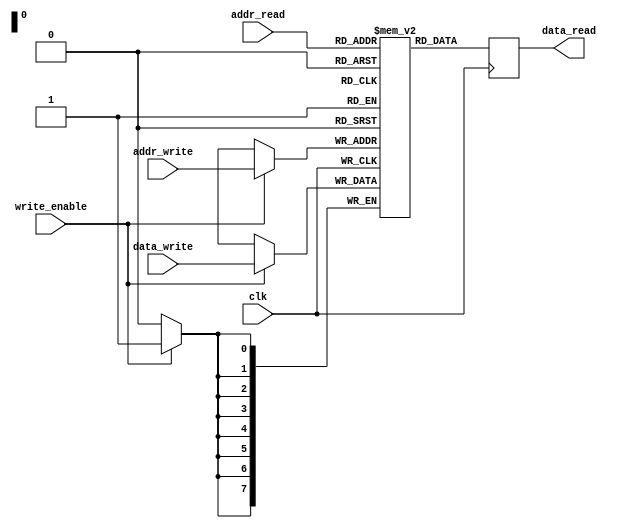
module dual_port_ram (
    input wire clk,
    input wire [ADDR_WIDTH-1:0] addr_read,
    input wire [ADDR_WIDTH-1:0] addr_write,
    input wire [DATA_WIDTH-1:0] data_write,
    input wire write_enable,
    output reg [DATA_WIDTH-1:0] data_read
);

parameter ADDR_WIDTH = 8;
parameter DATA_WIDTH = 8;

reg [DATA_WIDTH-1:0] ram [0:2**ADDR_WIDTH-1];

always @(posedge clk) begin
    if(write_enable) begin
        ram[addr_write] <= data_write;
    end

    data_read <= ram[addr_read];
end

endmodule